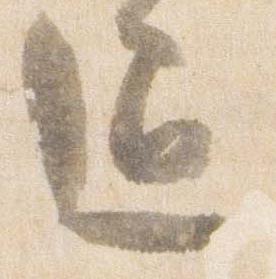
通